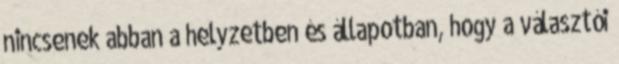
nincsenek abban a helyzetben és állapotban, hogy a választói